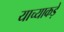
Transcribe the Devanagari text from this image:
याच्याकड़े